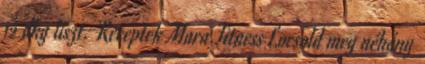
12 dkg liszt. Receptek Mara Fitness Locsold meg néhány